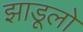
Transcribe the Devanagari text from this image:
झाडूलो